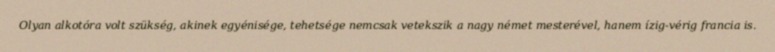
Olyan alkotóra volt szükség, akinek egyénisége, tehetsége nemcsak vetekszik a nagy német mesterével, hanem ízig-vérig francia is.